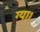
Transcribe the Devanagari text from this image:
ग्या।